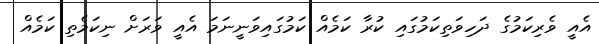
އެއީ ވެރިކަމުގެ ދަހިވަތިކަމުގައި ކުރާ ކަމެއް ކަމުގައިވަނީނަމަ އެއީ ވަރަށް ނިކަމެތި ކަމެއް